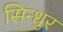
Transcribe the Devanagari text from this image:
सिन्‍धुर